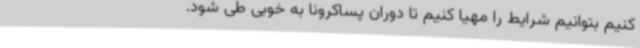
کنیم بتوانیم شرایط را مهیا کنیم تا دوران پساکرونا به خوبی طی شود.